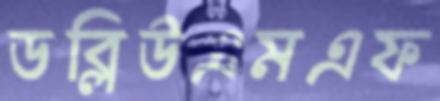
ডব্লিউএমএফ